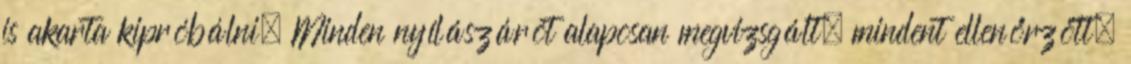
is akarta kipróbálni. Minden nyílászárót alaposan megvizsgált, mindent ellenőrzött,